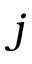
j